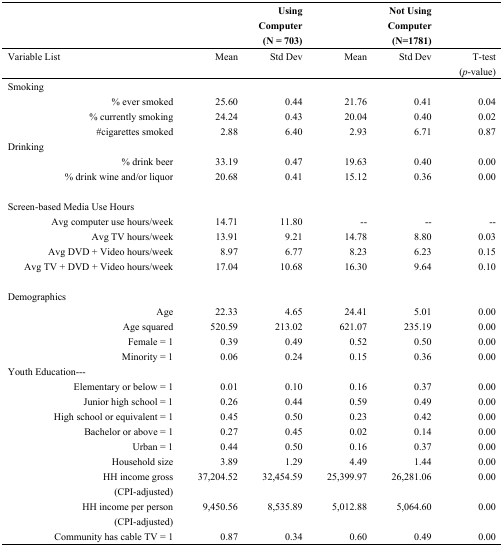
<table><thead><tr><td></td><td></td><td><b>Using Computer (N = 703)</b></td><td></td><td><b>Not Using Computer (N=1781)</b></td><td></td></tr></thead><tbody><tr><td>Variable List</td><td>Mean</td><td>Std Dev</td><td>Mean</td><td>Std Dev</td><td>T-test (<i>p</i>-value)</td></tr><tr><td>Smoking</td><td></td><td></td><td></td><td></td><td></td></tr><tr><td>% ever smoked</td><td>25.60</td><td>0.44</td><td>21.76</td><td>0.41</td><td>0.04</td></tr><tr><td>% currently smoking</td><td>24.24</td><td>0.43</td><td>20.04</td><td>0.40</td><td>0.02</td></tr><tr><td>#cigarettes smoked</td><td>2.88</td><td>6.40</td><td>2.93</td><td>6.71</td><td>0.87</td></tr><tr><td>Drinking</td><td></td><td></td><td></td><td></td><td></td></tr><tr><td>% drink beer</td><td>33.19</td><td>0.47</td><td>19.63</td><td>0.40</td><td>0.00</td></tr><tr><td>% drink wine and/or liquor</td><td>20.68</td><td>0.41</td><td>15.12</td><td>0.36</td><td>0.00</td></tr><tr><td>Screen-based Media Use Hours</td><td></td><td></td><td></td><td></td><td></td></tr><tr><td>Avg computer use hours/week</td><td>14.71</td><td>11.80</td><td>--</td><td>--</td><td>--</td></tr><tr><td>Avg TV hours/week</td><td>13.91</td><td>9.21</td><td>14.78</td><td>8.80</td><td>0.03</td></tr><tr><td>Avg DVD + Video hours/week </td><td>8.97</td><td>6.77</td><td>8.23</td><td>6.23</td><td>0.15</td></tr><tr><td>Avg TV + DVD + Video hours/week </td><td>17.04</td><td>10.68</td><td>16.30</td><td>9.64</td><td>0.10</td></tr><tr><td>Demographics</td><td></td><td></td><td></td><td></td><td></td></tr><tr><td>Age</td><td>22.33</td><td>4.65</td><td>24.41</td><td>5.01</td><td>0.00</td></tr><tr><td>Age squared</td><td>520.59</td><td>213.02</td><td>621.07</td><td>235.19</td><td>0.00</td></tr><tr><td>Female = 1</td><td>0.39</td><td>0.49</td><td>0.52</td><td>0.50</td><td>0.00</td></tr><tr><td>Minority = 1</td><td>0.06</td><td>0.24</td><td>0.15</td><td>0.36</td><td>0.00</td></tr><tr><td>Youth Education---</td><td></td><td></td><td></td><td></td><td></td></tr><tr><td>Elementary or below = 1</td><td>0.01</td><td>0.10</td><td>0.16</td><td>0.37</td><td>0.00</td></tr><tr><td>Junior high school = 1</td><td>0.26</td><td>0.44</td><td>0.59</td><td>0.49</td><td>0.00</td></tr><tr><td>High school or equivalent = 1</td><td>0.45</td><td>0.50</td><td>0.23</td><td>0.42</td><td>0.00</td></tr><tr><td>Bachelor or above = 1</td><td>0.27</td><td>0.45</td><td>0.02</td><td>0.14</td><td>0.00</td></tr><tr><td>Urban = 1</td><td>0.44</td><td>0.50</td><td>0.16</td><td>0.37</td><td>0.00</td></tr><tr><td>Household size</td><td>3.89</td><td>1.29</td><td>4.49</td><td>1.44</td><td>0.00</td></tr><tr><td>HH income gross (CPI-adjusted)</td><td>37,204.52</td><td>32,454.59</td><td>25,399.97</td><td>26,281.06</td><td>0.00</td></tr><tr><td>HH income per person (CPI-adjusted)</td><td>9,450.56</td><td>8,535.89</td><td>5,012.88</td><td>5,064.60</td><td>0.00</td></tr><tr><td>Community has cable TV = 1 </td><td>0.87</td><td>0.34</td><td>0.60</td><td>0.49</td><td>0.00</td></tr></tbody></table>